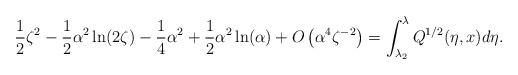
LaTeX: \begin{align*} \frac{1}{2}\zeta^2-\frac{1}{2}\alpha^2\ln(2\zeta)-\frac{1}{4}\alpha^2+\frac{1}{2}\alpha^2\ln(\alpha)+O\left (\alpha^4\zeta^{-2}\right )=\int_{\lambda_2}^\lambda Q^{1/2}(\eta,x)d \eta.\end{align*}